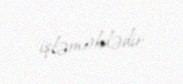
işləməkdədir.